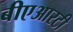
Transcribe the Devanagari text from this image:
बीएआरटी